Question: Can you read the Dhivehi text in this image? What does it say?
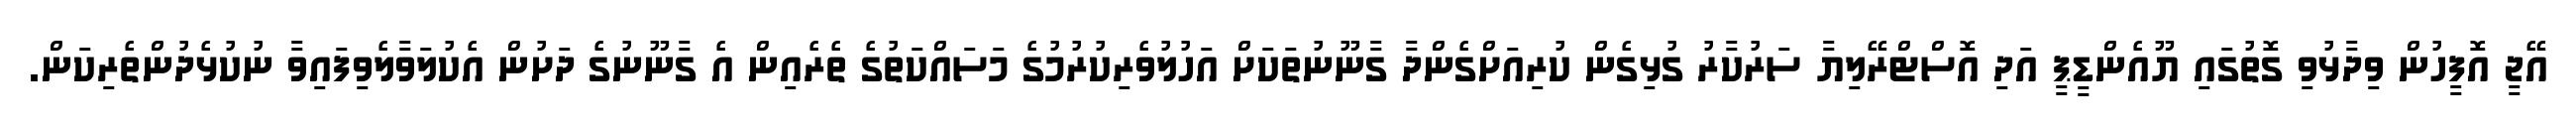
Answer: އޭޖީ އޮފީހުން ވިދާޅުވި ގޮތުގައި ޔޫއެންޑީޕީ އަދި އޮސްޓްރޭލިޔާ ސަރުކާރު ގުޅިގެން ކުރިއަށްގެންދާ ގާނޫނުތަކަށް އަހުލުވެރިކުރުމުގެ މަސައްކަތުގެ ތެރެއިން އެ ގާނޫނުގެ ދަށުން އެކުލަވާލެވިފައިވާ ނުކުޅެދުންތެރިކަން.